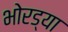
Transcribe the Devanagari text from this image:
भोरड्या